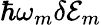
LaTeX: \hbar\omega_{m}\delta\mathcal{E}_{m}